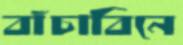
বাঁচাবিনে